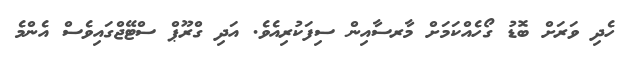
ހެދި ވަރަށް ބޮޑު ގޯހެއްކަމަށް މާރސާއިން ސިފަކުރިއެވެ. އަދި ގްރޫޕް ސްޓޭޖްގައިވެސް އެންމެ